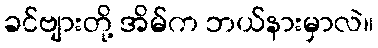
ခင်ဗျားတို့ အိမ်က ဘယ်နားမှာလဲ။